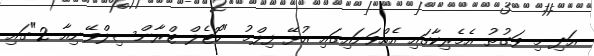
އަދި މި ވަގުތު އެމެރިކާގައި އެއްވަނައިގައި އުޅޭ ފިލްމު "ހޮޓެލް ޓްރާންސިލްވޭނިއާ 2"ގައި